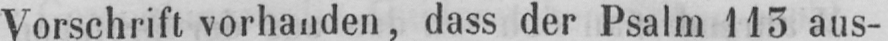
Vorschrift vorhanden, dass der Psalm 113 aus-